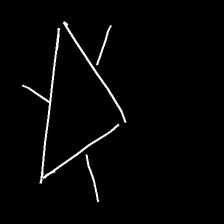
Glyph: fire